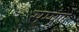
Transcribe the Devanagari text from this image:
सम्पूर्णे